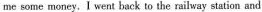
me some money, I went back to the railway station and